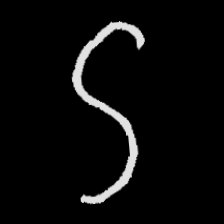
Pyu character \u2014 Myanmar letter: ဌ (romanized: ttha)